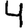
Digit: 4